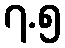
၇.၅